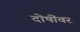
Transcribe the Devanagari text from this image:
दोषींवर